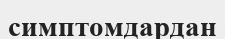
симптомдардан